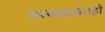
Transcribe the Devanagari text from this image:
व्यवसायतही